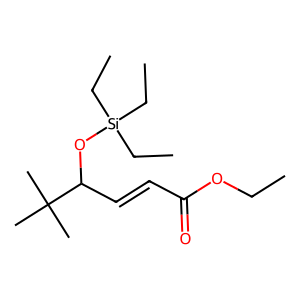
SMILES: CCOC(=O)C=CC(O[Si](CC)(CC)CC)C(C)(C)C
Inhibits HIV replication: No